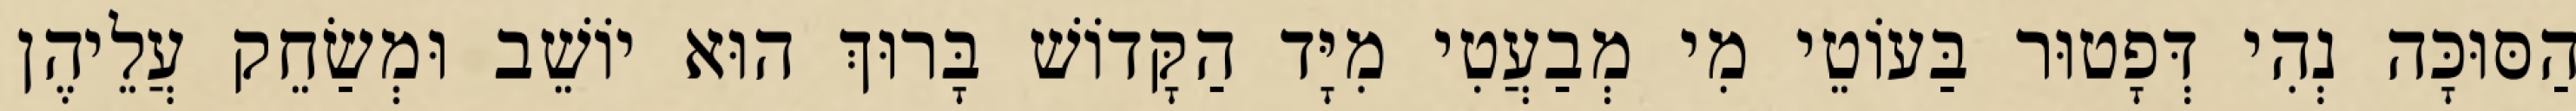
הַסּוּכָּה נְהִי דְּפָטוּר בַּעוֹטֵי מִי מְבַעֲטִי מִיָּד הַקָּדוֹשׁ בָּרוּךְ הוּא יוֹשֵׁב וּמְשַׂחֵק עֲלֵיהֶן